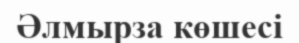
Әлмырза көшесі